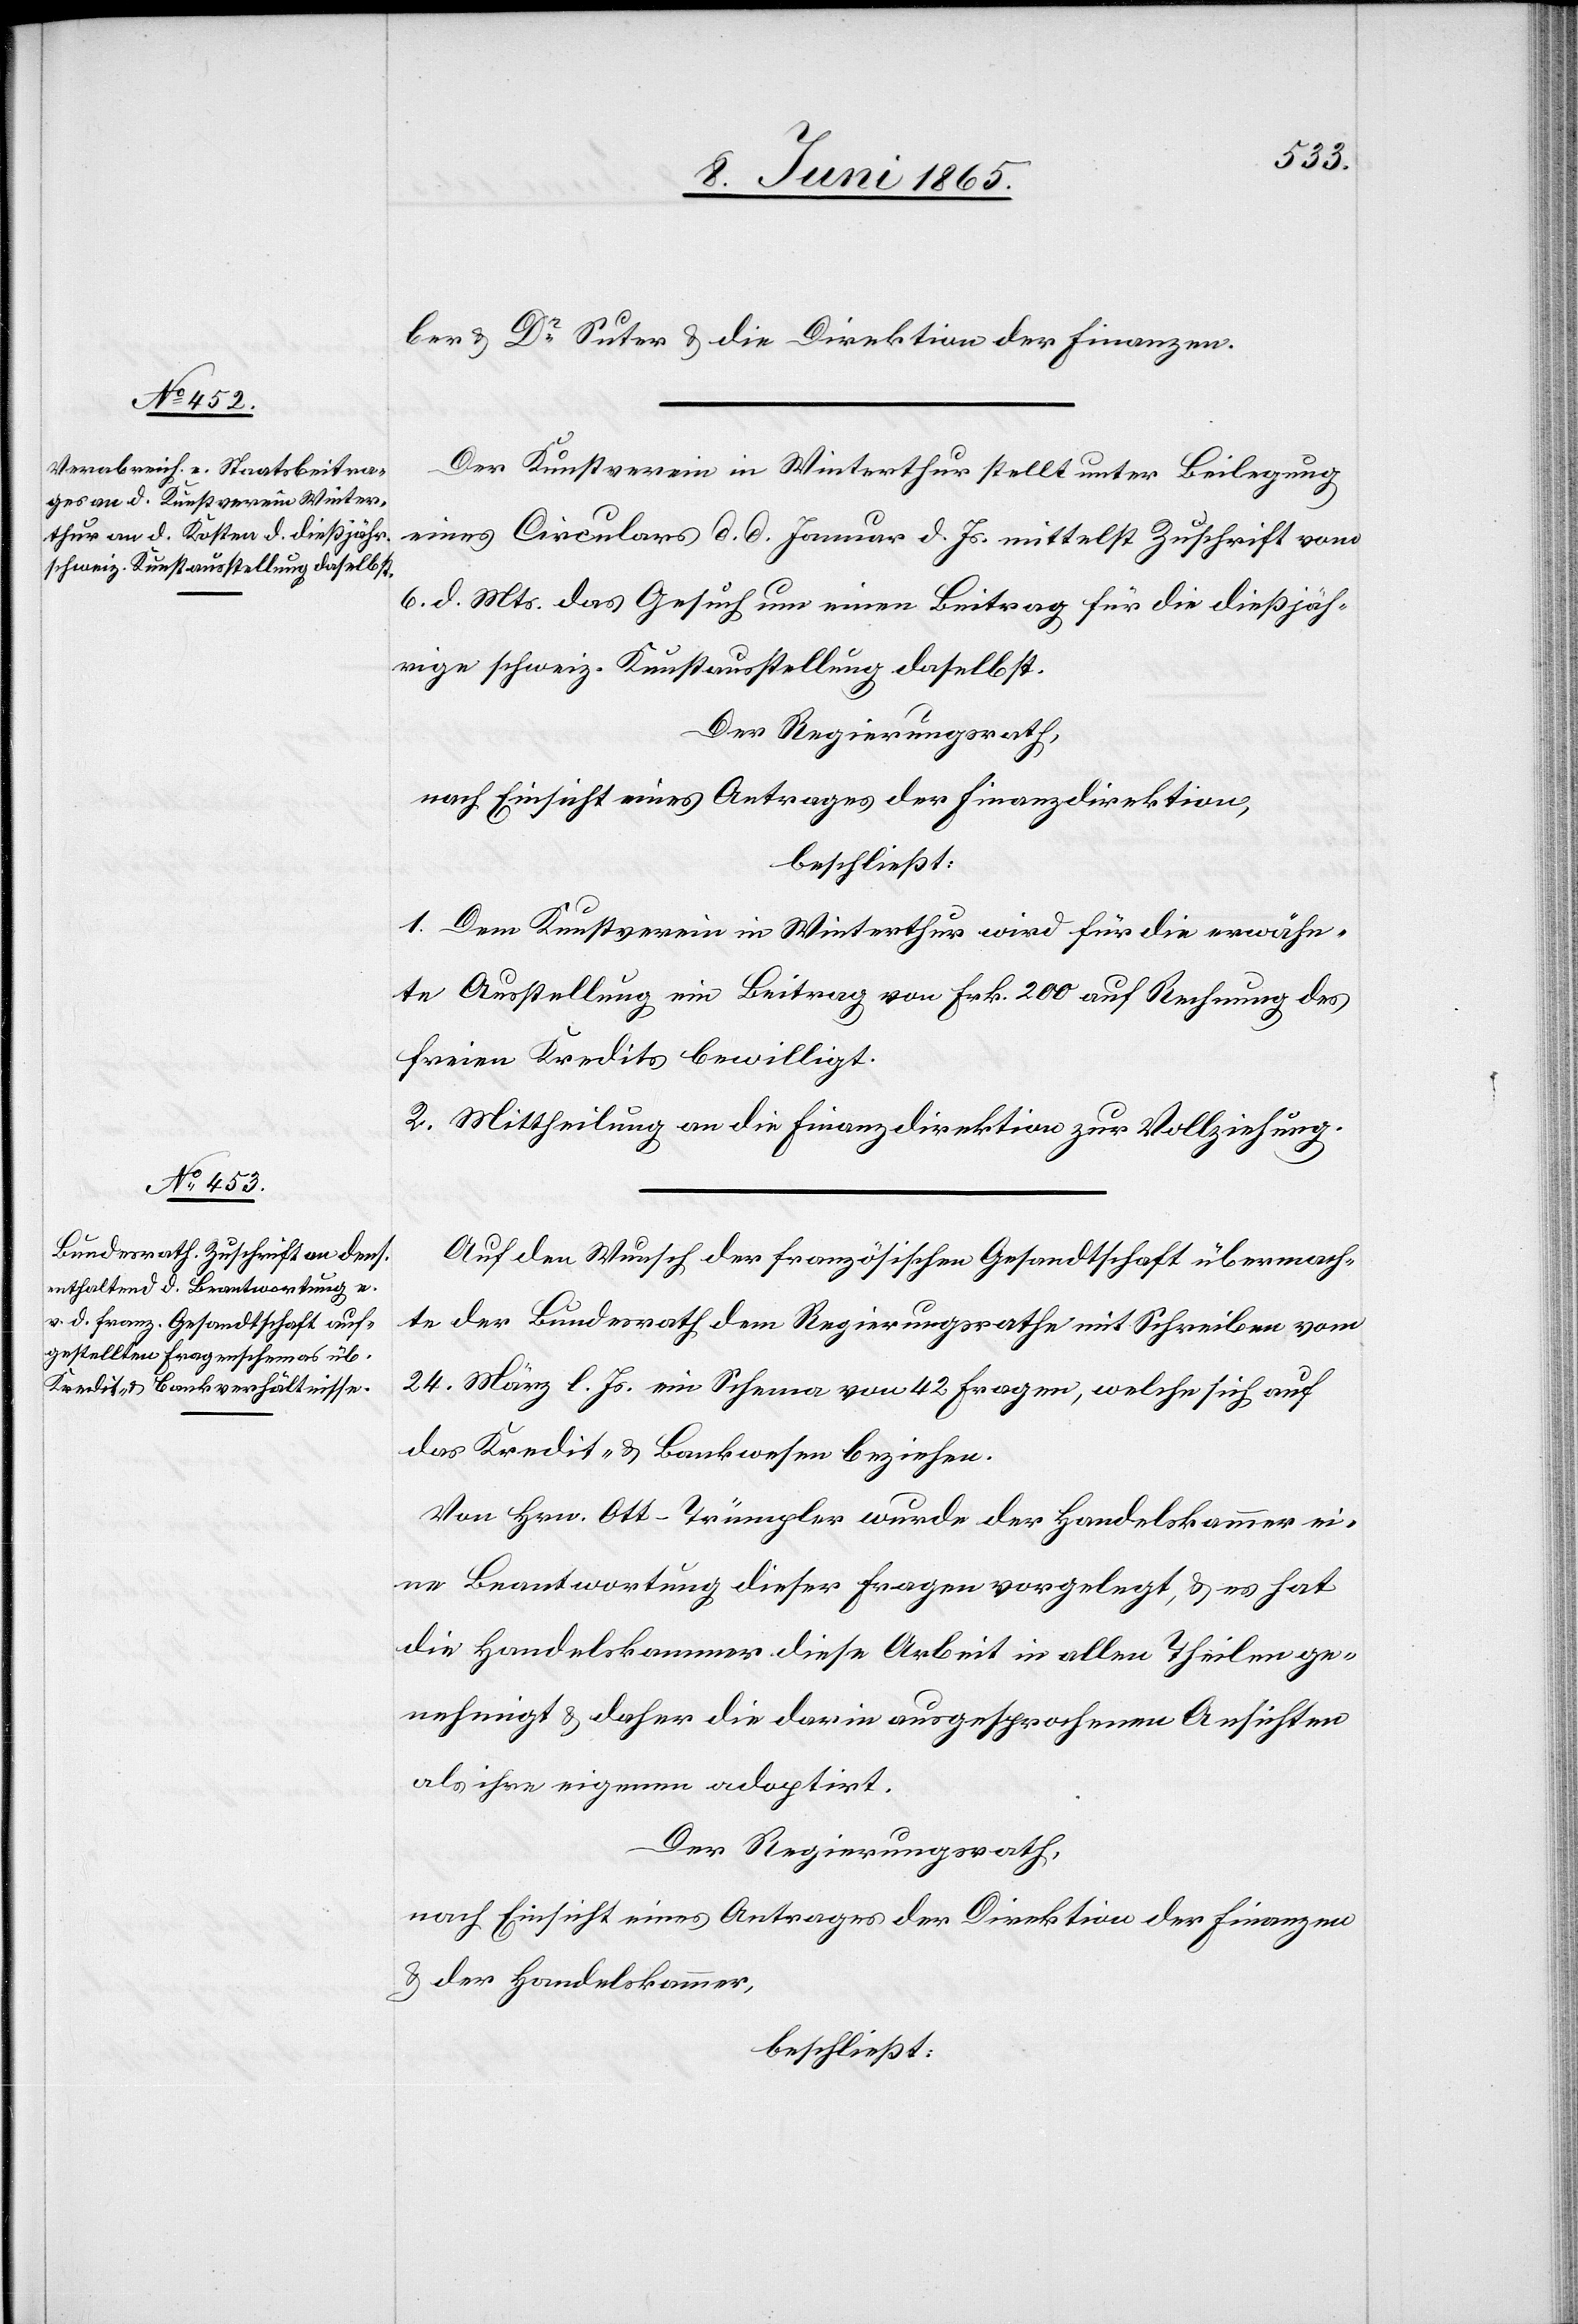
ber & Dr Suter & die Direktion der Finanzen.
Der Kunstverein in Winterthur stellt unter Beilegung
eines Circulars d. d. Januar d. Js. mittelst Zuschrift vom
6. d. Mts. das Gesuch um einen Beitrag für die dießjäh¬
rige schweiz. Kunstausstellung daselbst.
Der Regierungsrath,
nach Einsicht eines Antrages der Finanzdirektion,
beschließt:
1. Dem Kunstverein in Winterthur wird für die erwähn¬
te Ausstellung ein Beitrag von Frk. 200 auf Rechnung des
freien Kredites bewilligt.
2. Mittheilung an die Finanzdirektion zur Vollziehung.
Auf den Wunsch der französischen Gesandtschaft übermach¬
te der Bundesrath dem Regierungsrathe mit Schreiben vom
24. März l. Js. ein Schema von 42 Fragen, welche sich auf
das Kredit- & Bankwesen beziehen.
Von Hrn. Ott-Trümpler wurde der Handelskammer ei¬
ne Beantwortung dieser Fragen vorgelegt, & es hat
die Handelskammer diese Arbeit in allen Theilen ge¬
nehmigt & daher die darin ausgesprochenen Ansichten
als ihre eigenen adoptirt.
Der Regierungsrath,
nach Einsicht eines Antrages der Direktion der Finanzen
& der Handelskammer,
beschließt: